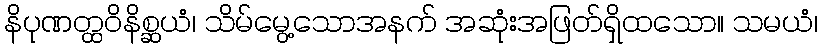
နိပုဏတ္ထဝိနိစ္ဆယံ၊ သိမ်မွေ့သောအနက် အဆုံးအဖြတ်ရှိထသော။ သမယံ၊